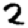
Digit: 2